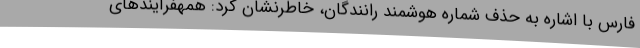
فارس با اشاره به حذف شماره هوشمند رانندگان، خاطرنشان کرد: همهفرآیندهای